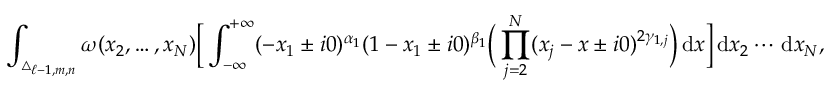
\int _ { \triangle _ { \ell - 1 , m , n } } \omega ( x _ { 2 } , \ldots , x _ { N } ) \Big [ \int _ { - \infty } ^ { + \infty } ( - x _ { 1 } \pm i 0 ) ^ { \alpha _ { 1 } } ( 1 - x _ { 1 } \pm i 0 ) ^ { \beta _ { 1 } } \Big ( \prod _ { j = 2 } ^ { N } ( x _ { j } - x \pm i 0 ) ^ { 2 \gamma _ { 1 , j } } \Big ) \, \mathrm { d } x \Big ] \, \mathrm { d } x _ { 2 } \cdots \, \mathrm { d } x _ { N } ,